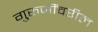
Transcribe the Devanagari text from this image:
गुरुजींवरील